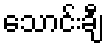
သောင်းချီ